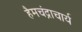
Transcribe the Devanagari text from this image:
हैमचंद्राचार्य